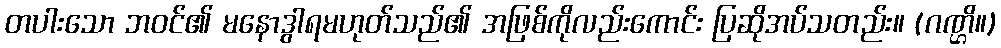
တပါးသော ဘဝင်၏ မနောဒွါရမဟုတ်သည်၏ အဖြစ်ကိုလည်းကောင်း ပြဆိုအပ်သတည်း။ (ဂဏ္ဌိ။)